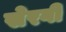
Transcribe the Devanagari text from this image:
सेरगी